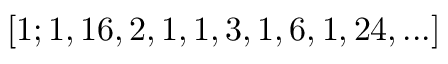
[ 1 ; 1 , 1 6 , 2 , 1 , 1 , 3 , 1 , 6 , 1 , 2 4 , . . . ]